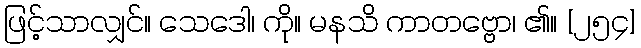
ဖြင့်သာလျှင်။ သေဒေါ၊ ကို။ မနသိ ကာတဗ္ဗော၊ ၏။ [၂၅၄]